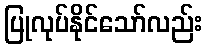
ပြုလုပ်နိုင်သော်လည်း